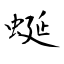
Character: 蜒